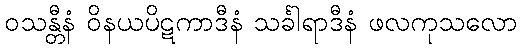
ဝသန္တီနံ ဝိနယပိဋကာဒီနံ သင်္ခါရာဒီနံ ဖလကုသလော